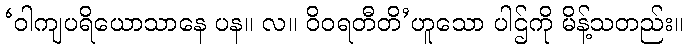
‘ဝါကျပရိယောသာနေ ပန။ လ။ ဝိဝရတီတိ’ဟူသော ပါဌ်ကို မိန့်သတည်း။